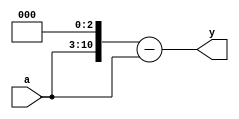
module mul7(a,y);
input[7:0] a;
output[10:0] y;

wire[7:0] a;
wire[10:0] y;
assign y=(a<<3)-a;
endmodule

module test_mul7;
reg[7:0] a;
wire[10:0] y;

mul7 mul(a,y);
initial begin
	a=0;
#10	a=1;
#10	a=10;
#10	a=100;
#10	a=255;
#10	$stop;
end

endmodule